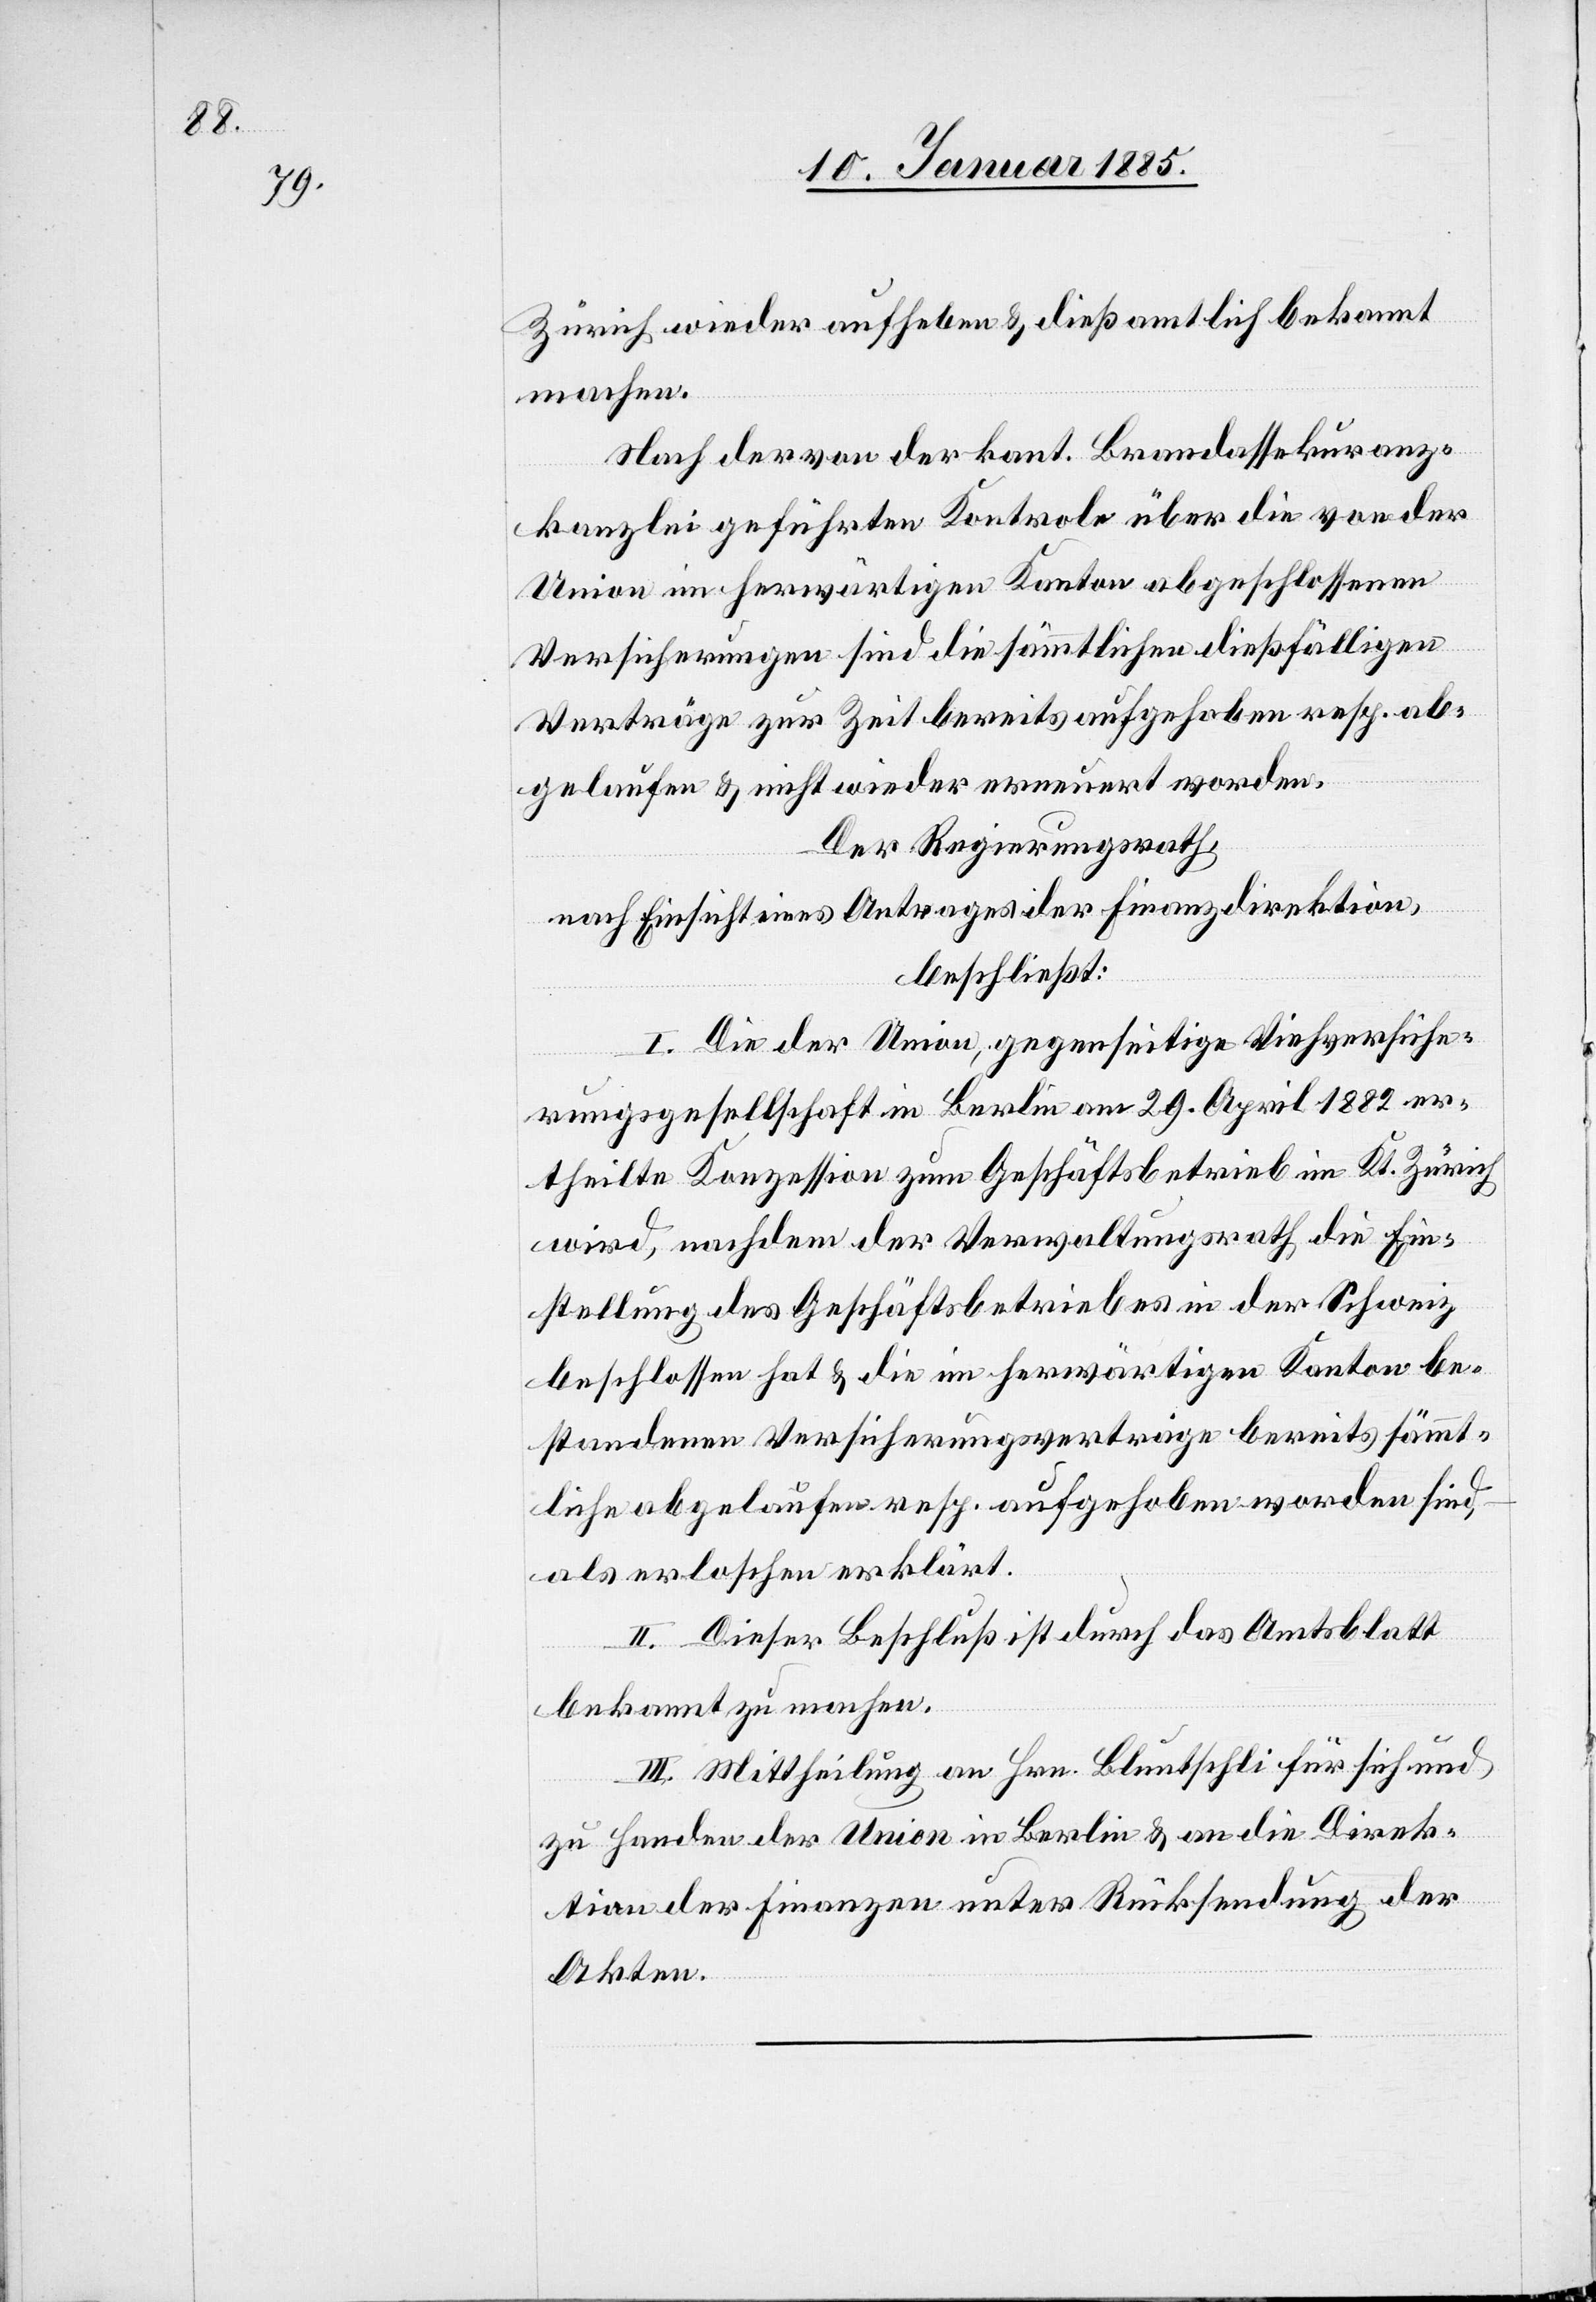
Zürich wieder aufheben & dieß [sic!] amtlich bekannt
machen.
Nach der von der kant. Brandassekuranz¬
kanzlei geführten Kontrole über die von der
Union im herwärtigen Kanton abgeschlossene
Versicherungen sind die sämmtlichen dießfälligen
Verträge zur Zeit bereits aufgehoben resp. ab¬
gelaufen & nicht wieder erneuert worden.
Der Regierungsrath,
nach Einsicht eines Antrages der Finanzdirektion,
beschließt:
I. Die der Union, gegenseitige Viehversiche¬
rungsgesellschaft in Berlin am 29. April 1882 er¬
theilte Konzession zum Geschäftsbetreib im Kt. Zürich
wird, nachdem der Verwaltungsrath die Ein¬
stellung des Geschäftsbetriebes in der Schweiz
beschlossen hat & die im herwärtigen Kanton be¬
standenen Versicherungsverträge bereits sämmt¬
liche abgelaufen resp. aufgehoben worden sind,
als erloschen erklärt.
II. Dieser Beschluß ist durch das Amtsblatt
bekannt zu machen.
III. Mittheilung an Hrn. Bluntschli für sich und
zu Handen der Union in Berlin & an die Direk¬
tion der Finanzen unter Rücksendung der
Akten.